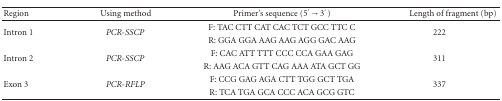
<table><thead><tr><td><b>Region</b></td><td><b>Using method</b></td><td><b>Primer&#x27;s sequence (5<sup>&#x27;</sup>→3<sup>&#x27;</sup>)</b></td><td><b>Length of fragment (bp)</b></td></tr></thead><tbody><tr><td rowspan="2">Intron 1</td><td rowspan="2"><i>PCR-SSCP</i></td><td>F: TAC CTT CAT CAC TCT GCC TTC C</td><td rowspan="2">222</td></tr><tr><td>R: GGA GGA AAG AAG AGG GAC AAG</td></tr><tr><td rowspan="2">Intron 2</td><td rowspan="2"><i>PCR-SSCP</i></td><td>F: CAC ATT TTT CCC CCA GAA GAG</td><td rowspan="2">311</td></tr><tr><td>R: AAG ACA GTT CAG AAA ATA GCT GG</td></tr><tr><td rowspan="2">Exon 3</td><td rowspan="2"><i>PCR-RFLP</i></td><td>F: CCG GAG AGA CTT TGG GCT TGA</td><td rowspan="2">337</td></tr><tr><td>R: TCA TGA GCA CCC ACA GCG GTC</td></tr></tbody></table>